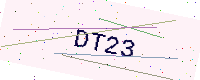
Text: DT23